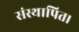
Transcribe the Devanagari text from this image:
संस्थापित।